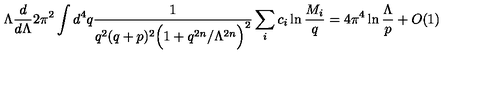
\Lambda \frac { d } { d \Lambda } 2 \pi ^ { 2 } \int d ^ { 4 } q \frac { 1 } { q ^ { 2 } ( q + p ) ^ { 2 } \Big ( 1 + q ^ { 2 n } / \Lambda ^ { 2 n } \Big ) ^ { 2 } } \sum _ { i } c _ { i } \ln \frac { M _ { i } } { q } = 4 \pi ^ { 4 } \ln \frac { \Lambda } { p } + O ( 1 )